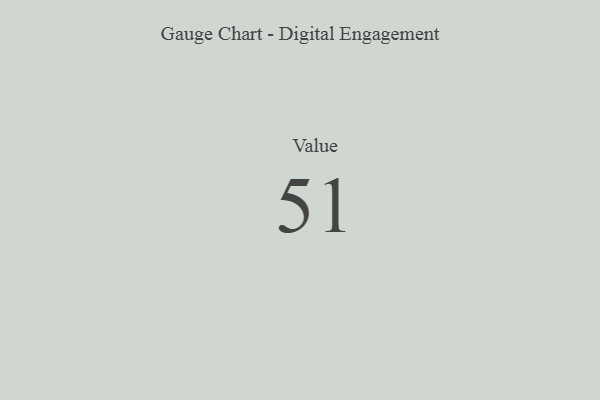
{"axis": {"x": "Metric", "y": "Value"}, "legend": [""], "data": [{"x": "Value", "y": 51, "type": ""}]}